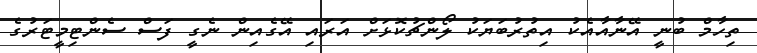
ތިހާމް ބުނީ އޭނާއާއެކު އިތުރުބަޔަކު ލޯންޗުކޮޅަށް އަރައި އޭގެއިން ނެގީ ފަސް ސެންޓިމީޓަރުގެ